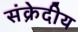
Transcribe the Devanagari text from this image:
संक्रेदीय